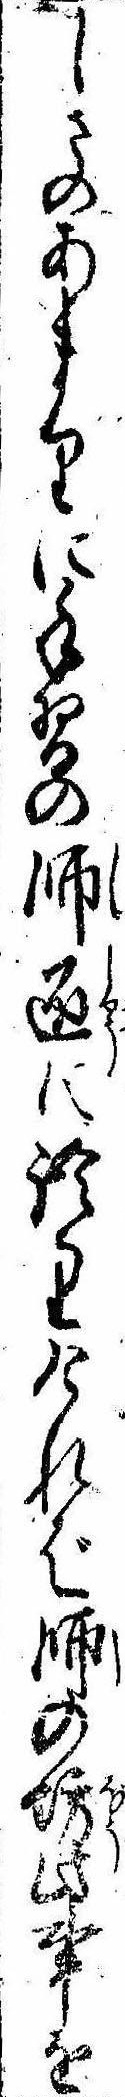
しさのあまりに手習の師匠に語りければ師の坊此事を